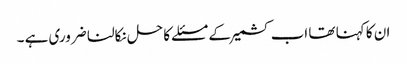
ان کا کہنا تھا اب کشمیر کے مسئلے کا حل نکالنا ضروری ہے ۔